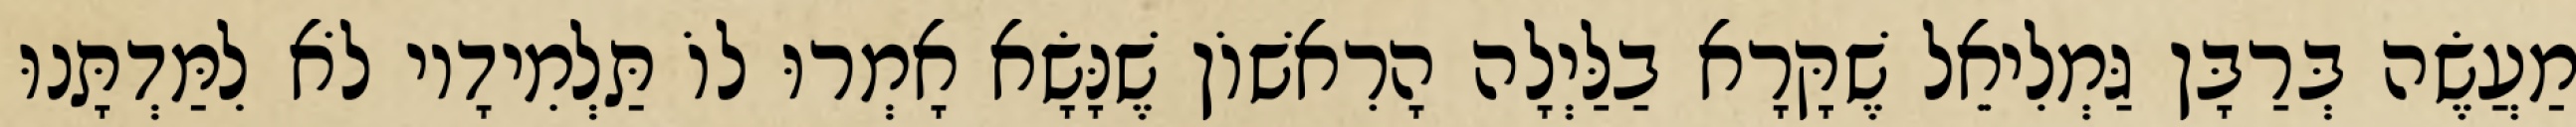
מַעֲשֶׂה בְּרַבָּן גַּמְלִיאֵל שֶׁקָּרָא בַלַּיְלָה הָרִאשׁוֹן שֶׁנָּשָׂא אָמְרוּ לוֹ תַּלְמִידָיו לֹא לִמַּדְתָּנוּ